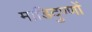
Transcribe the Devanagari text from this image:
माडिदुण्णों